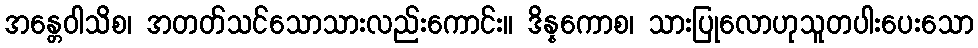
အန္တေဝါသိစ၊ အတတ်သင်သောသားလည်းကောင်း။ ဒိန္နကောစ၊ သားပြုလောဟုသူတပါးပေးသော